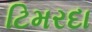
ટિમરદા